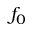
f _ { 0 }